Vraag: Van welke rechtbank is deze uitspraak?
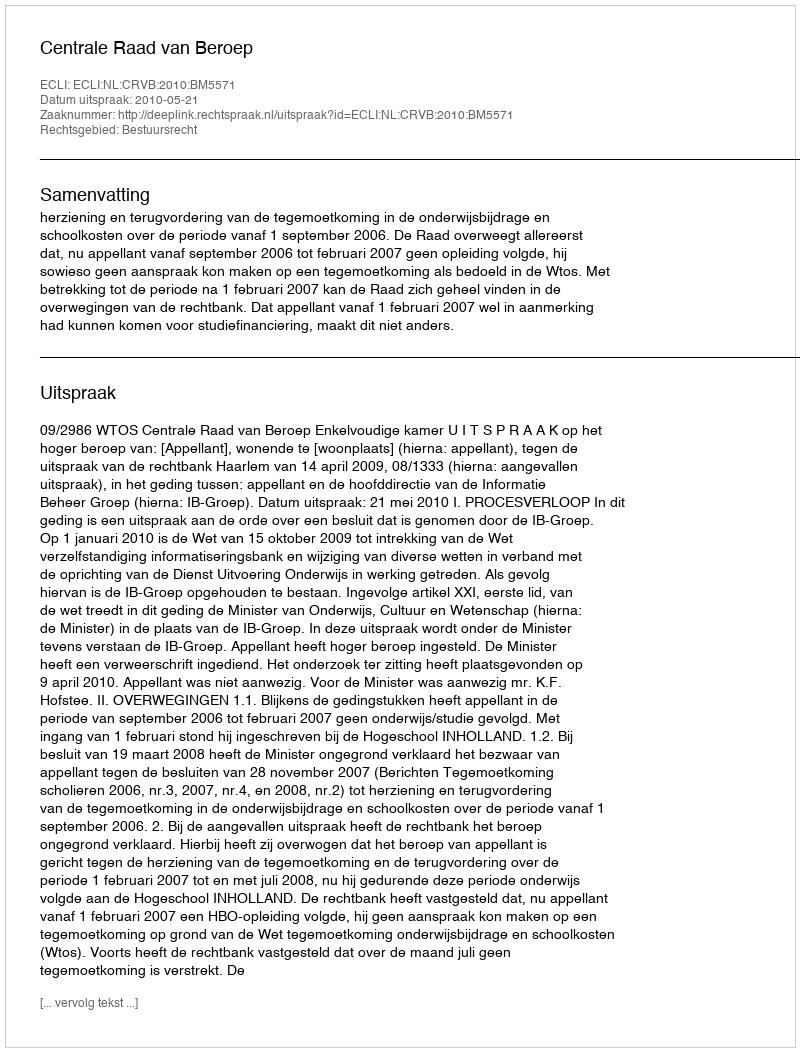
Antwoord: Centrale Raad van Beroep